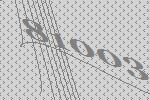
81003